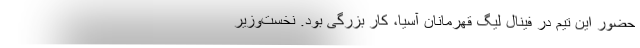
حضور این تیم در فینال لیگ قهرمانان آسیا، کار بزرگی بود. نخست‌وزیر